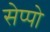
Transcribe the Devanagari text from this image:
सेप्पो